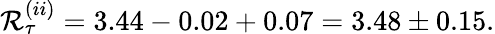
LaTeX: \mathcal{R}_{\tau}^{(ii)}=3.44-0.02+0.07=3.48\pm0.15.